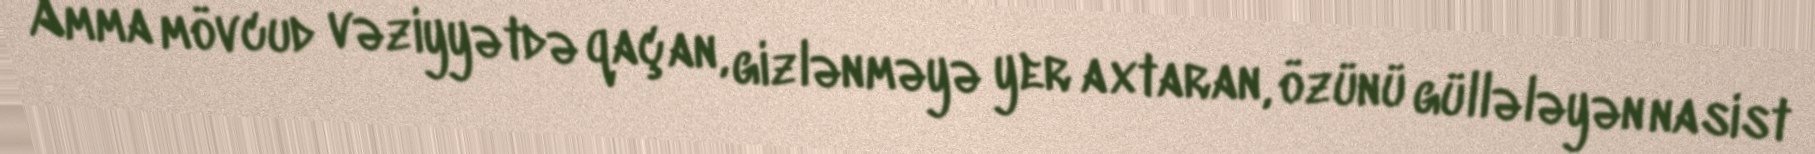
Amma mövcud vəziyyətdə qaçan, gizlənməyə yer axtaran, özünü güllələyən nasist